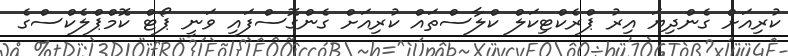
ކުރިއަށް ގެންދިޔަ އިރު ޕްރެކްޓިކަލް ކްލާސްތައް ކުރިއަށް ގެންގޮސްފައި ވަނީ ޕޯޓް ކޮމްޕްލެކްސްގެ